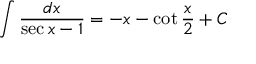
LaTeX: \int { \frac { d x } { \sec { x } - 1 } } = - x - \cot { \frac { x } { 2 } } + C